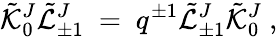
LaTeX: {\tilde{\cal K}}_{0}^{J}{\tilde{\cal L}}_{\pm 1}^{J}\ =\ q^{\pm 1}{\tilde{\cal L}}_{\pm 1}^{J}{\tilde{\cal K}}_{0}^{J}\ ,